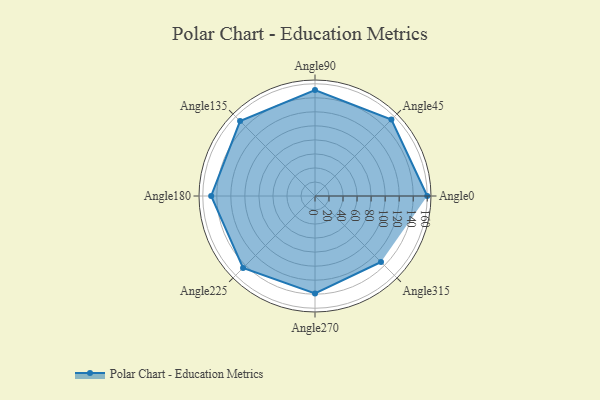
{"axis": {"x": "Angle", "y": "Radius"}, "legend": [""], "data": [{"x": "Angle0", "y": 160.0, "type": ""}, {"x": "Angle45", "y": 154.0, "type": ""}, {"x": "Angle90", "y": 151.0, "type": ""}, {"x": "Angle135", "y": 151.0, "type": ""}, {"x": "Angle180", "y": 148.0, "type": ""}, {"x": "Angle225", "y": 145.0, "type": ""}, {"x": "Angle270", "y": 139.0, "type": ""}, {"x": "Angle315", "y": 133.0, "type": ""}]}